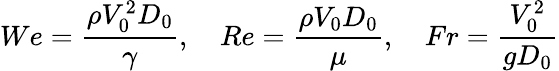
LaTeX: We=\frac{\rho V_{0}^{2}D_{0}}{\gamma},\quad Re=\frac{\rho V_{0}D_{0}}{\mu},\quad Fr=\frac{V_{0}^{2}}{gD_{0}}